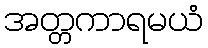
အတ္တကာရမယံ